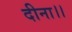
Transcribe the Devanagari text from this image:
दीना।।